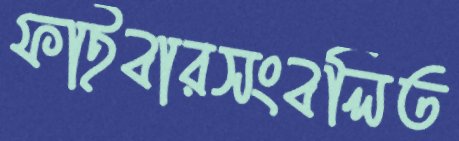
ফাইবারসংবলিত